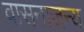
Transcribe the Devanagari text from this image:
वासनाजन्य